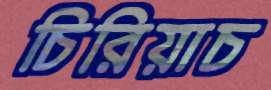
চিরিয়াচ